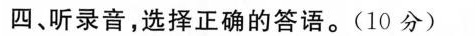
四、听录音,选择正确的答语.(10 分)